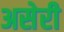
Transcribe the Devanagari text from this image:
असेरी